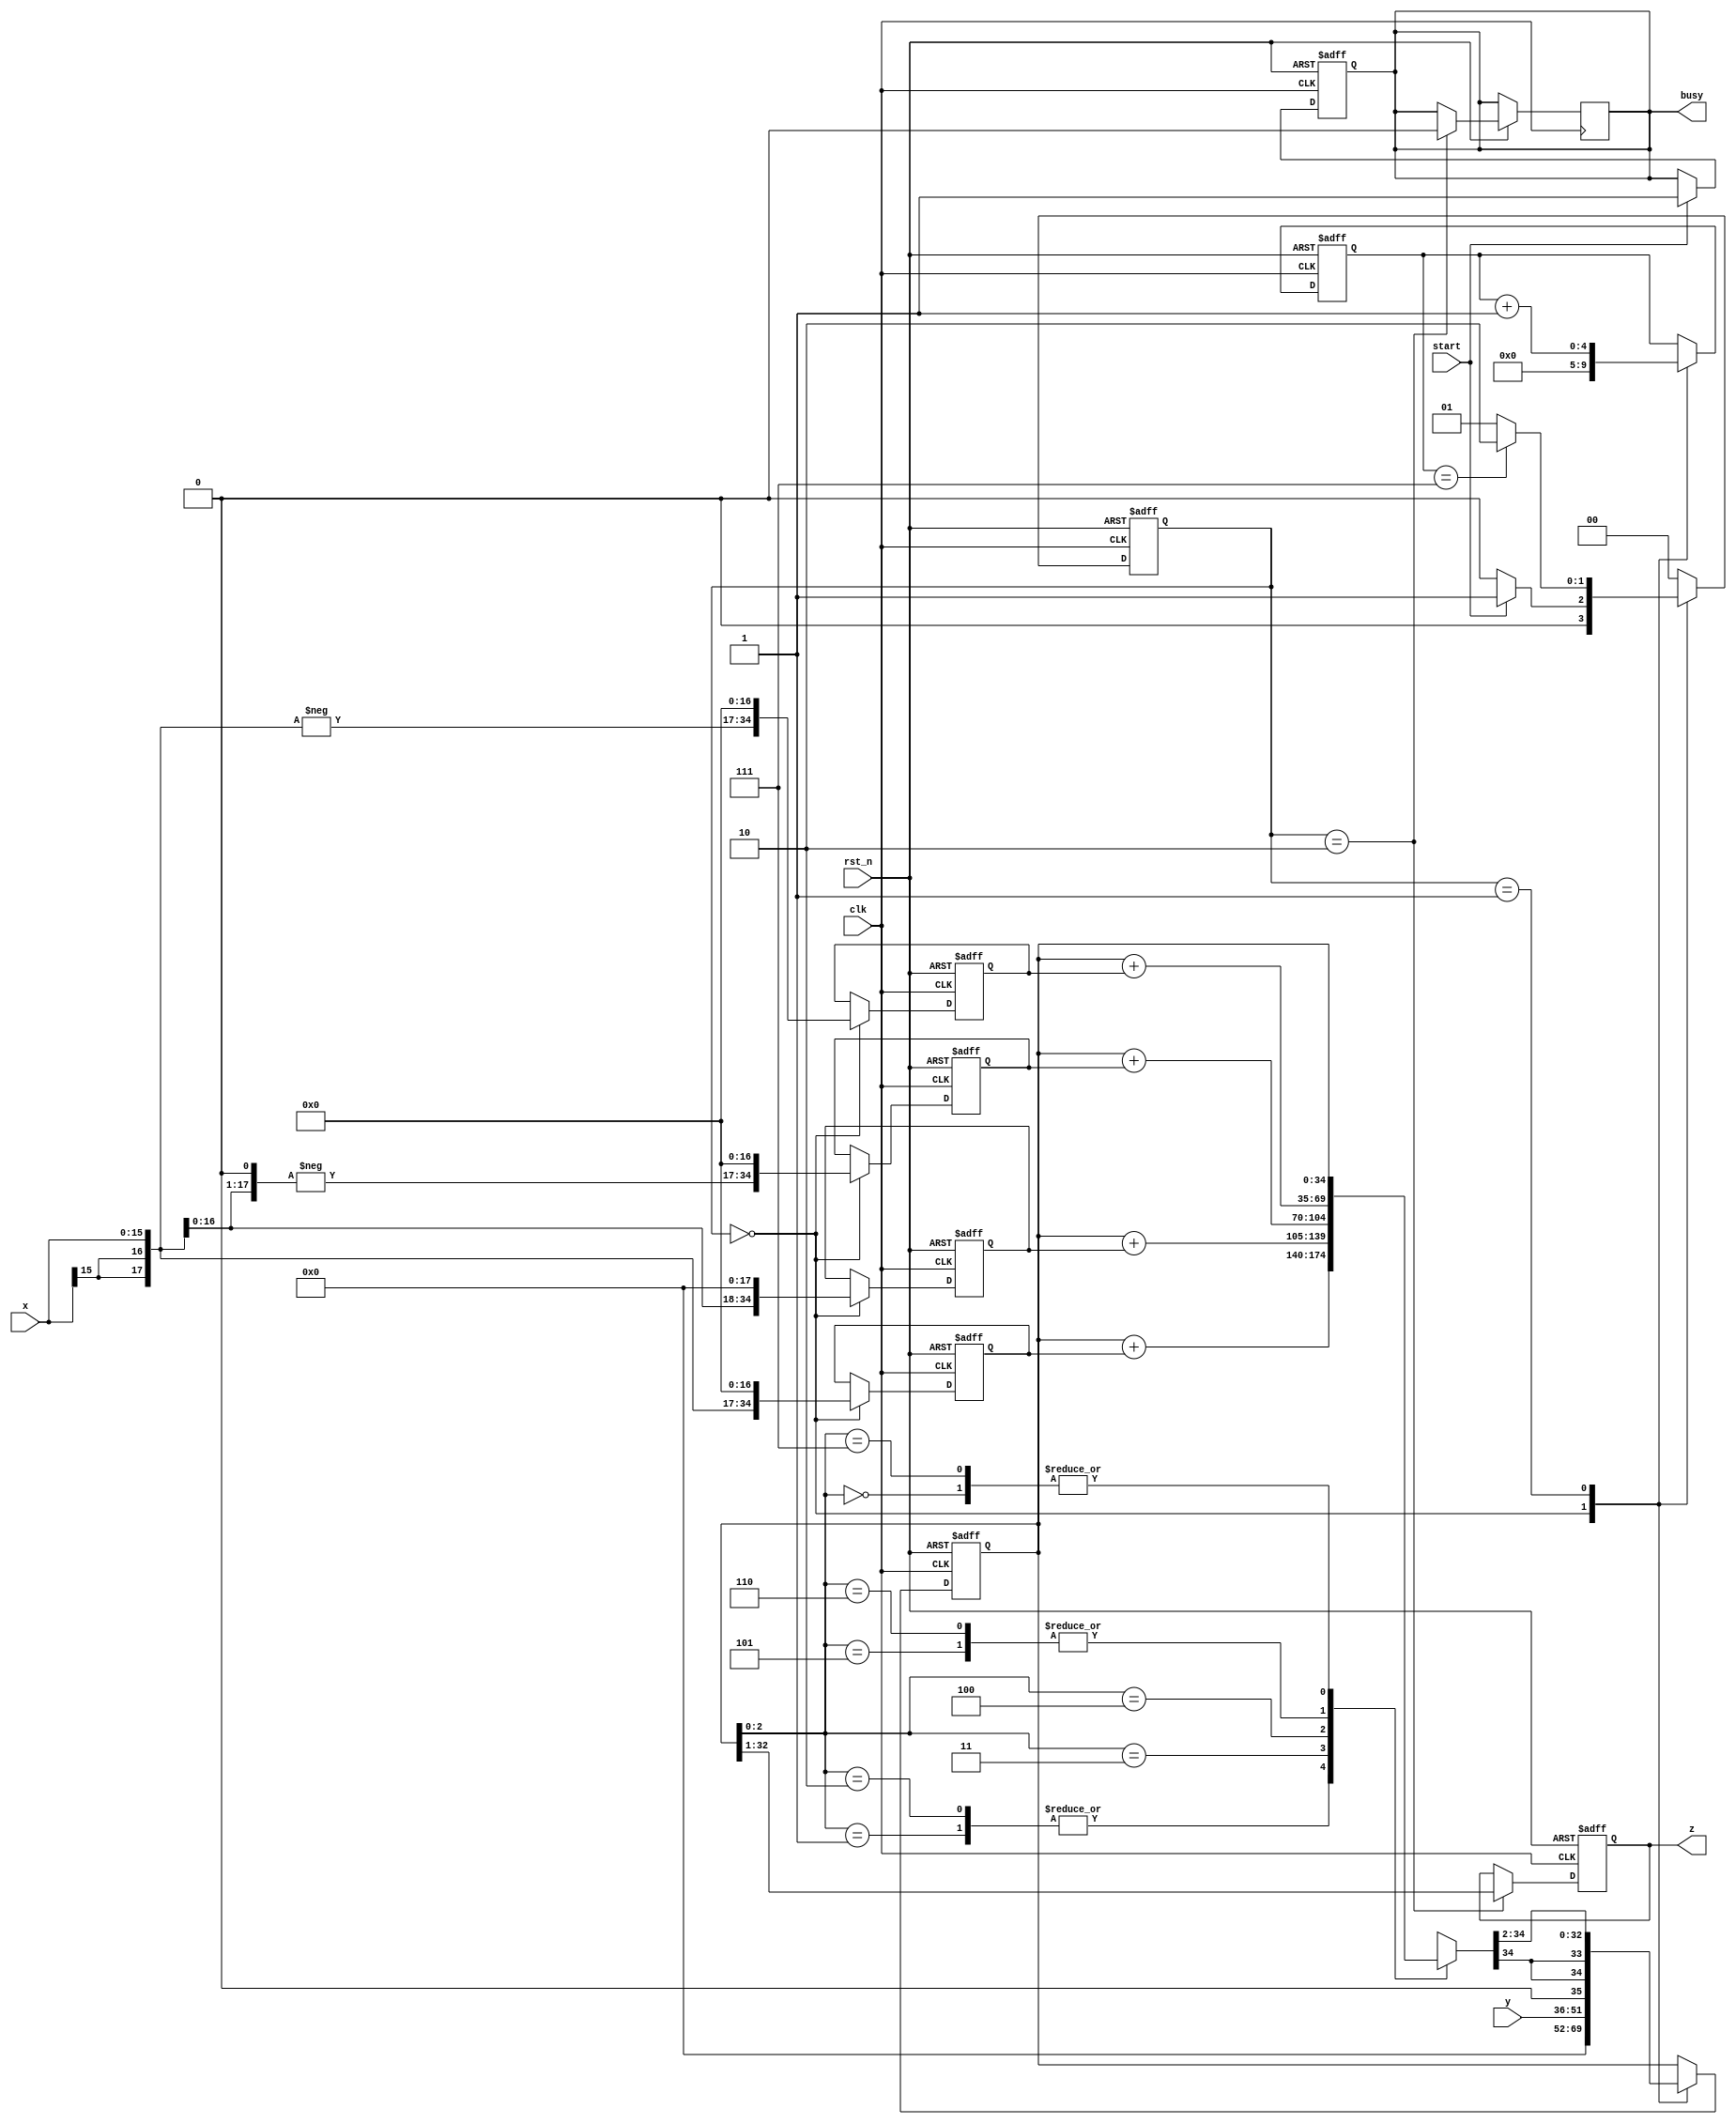
module booth2 (
    input  wire        clk  ,
	input  wire        rst_n,
	input  wire [15:0] x    ,
	input  wire [15:0] y    ,
	input  wire        start,
	output reg  [31:0] z    ,
	output reg         busy 
);

parameter	IDLE   		= 2'b00,
			ADDANDSHIFT = 2'b01,
			OUTPUT 		= 2'b10;

reg  [1:0]  current_state, next_state;
reg  [34:0] a_reg1, s_reg1, a_reg2, s_reg2, p_reg, sum_reg;
reg  [4:0]  iter_cnt;

// busy
always @ (posedge clk or negedge rst_n) begin
	if (~rst_n)		busy <= 1'b0;
	else if (start) busy <= 1'b1;
end

always @ (posedge clk or negedge rst_n) begin
	if (~rst_n)	current_state <= IDLE;
	else		current_state <= next_state;
end

// state transform
always @ (*) begin
	case (current_state)
		IDLE: begin
			if (start)	next_state = ADDANDSHIFT;
			else		next_state = IDLE;
		end
		ADDANDSHIFT: begin
			if (iter_cnt == 3'd7) 	next_state = OUTPUT;
		    else 					next_state = ADDANDSHIFT;
		end
		OUTPUT:	begin
			next_state = IDLE;
		end
		default: begin
			next_state = IDLE;
		end
	endcase
end

// modified booth algorithm
always @ (posedge clk or negedge rst_n) begin
	if (~rst_n) begin
		a_reg1 <= 35'b0;
		s_reg1 <= 35'b0;
		a_reg2 <= 35'b0;
		s_reg2 <= 35'b0;
		p_reg <= 35'b0;
		sum_reg <= 35'b0;
		iter_cnt <= 5'b0;
		z <= 32'b0;
	end
	else begin
		case (current_state)
			IDLE: begin
				a_reg1 <= {{(2){x[15]}}, x, {(17){1'b0}}};		// 2's complement of x
				s_reg1 <= {-{{(2){x[15]}}, x}, {(17){1'b0}}};   // 2's complement of -x
				a_reg2 <= {{x[15], x, 1'b0}, {(17){1'b0}}};		// 2's complement of 2x
				s_reg2 <= {-{x[15], x, 1'b0}, {(17){1'b0}}};	// 2's complement of -2x
				p_reg <= {{(18){1'b0}}, y, 1'b0};  				// partial product
				iter_cnt <= 5'b0;
			end
			ADDANDSHIFT: begin
				case (p_reg[2:0])
					3'b000:	sum_reg = p_reg;
					3'b001:	sum_reg = p_reg + a_reg1;
					3'b010:	sum_reg = p_reg + a_reg1;
					3'b011:	sum_reg = p_reg + a_reg2;
					3'b100:	sum_reg = p_reg + s_reg2;
					3'b101:	sum_reg = p_reg + s_reg1;
					3'b110:	sum_reg = p_reg + s_reg1;
					3'b111:	sum_reg = p_reg;
				endcase
				iter_cnt = iter_cnt + 1'b1;
				p_reg = {{(2){sum_reg[34]}}, sum_reg[34:2]};
			end
			OUTPUT: begin
				z <= p_reg[32:1];
				busy <= 1'b0;
			end
		endcase
	end
end

endmodule